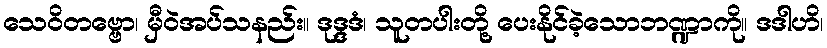
သေဝိတဗ္ဗော၊ မှီဝဲအပ်သနည်း။ ဒုဒ္ဒဒံ၊ သူတပါးတို့ ပေးနိုင်ခဲ့သောဘဏ္ဍာကို။ ဒဒါဟိ၊